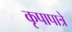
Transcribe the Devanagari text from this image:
कृपापात्रे